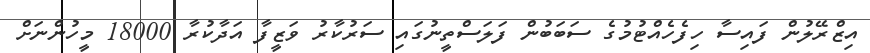
އިޒްރޭލުން ފައިސާ ހިފެހެއްޓުމުގެ ސަބަބުން ފަލަސްތީނުގައި ސަރުކާރު ވަޒީފާ އަދާކުރާ 18000 މީހުންނަށް